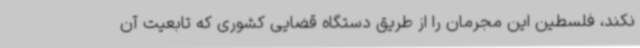
نکند، فلسطین این مجرمان را از طریق دستگاه قضایی کشوری که تابعیت آن